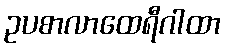
ဥပစာလာထေရီဂါထာ